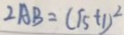
2 A B = ( \sqrt { 5 } + 1 ) ^ { 2 }